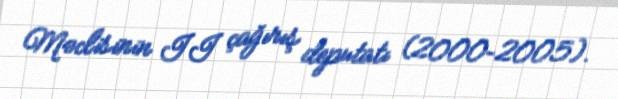
Məclisinin II çağırış deputatı (2000–2005).